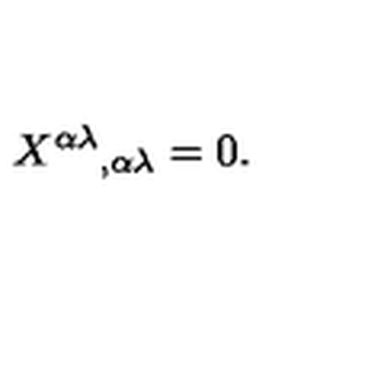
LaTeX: { X ^ { \alpha \lambda } { } _ { , \alpha \lambda } = 0 } .